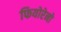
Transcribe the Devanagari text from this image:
फियोरेनो